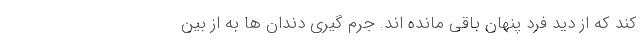
کند که از دید فرد پنهان باقی مانده اند. جرم گیری دندان ها به از بین